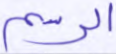
الرسم